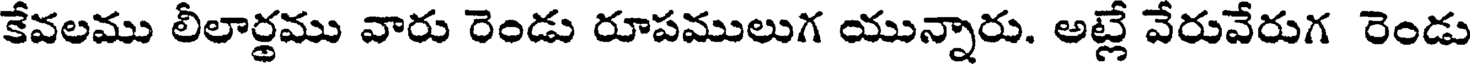
కేవలము లీలార్థము వారు రెండు రూపములుగ యున్నారు. అట్లే వేరువేరుగ రెండు